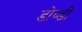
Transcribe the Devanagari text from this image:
डोव्डी